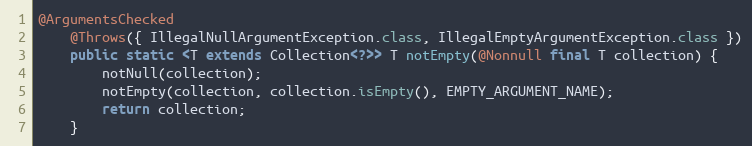
Language: Java
@ArgumentsChecked
	@Throws({ IllegalNullArgumentException.class, IllegalEmptyArgumentException.class })
	public static <T extends Collection<?>> T notEmpty(@Nonnull final T collection) {
		notNull(collection);
		notEmpty(collection, collection.isEmpty(), EMPTY_ARGUMENT_NAME);
		return collection;
	}